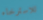
للاسترخاء